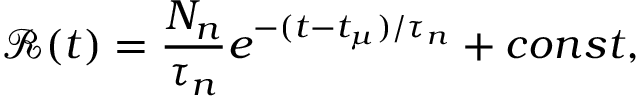
\mathcal { R } ( t ) = \frac { N _ { n } } { \tau _ { n } } e ^ { - ( t - t _ { \mu } ) / \tau _ { n } } + c o n s t ,